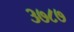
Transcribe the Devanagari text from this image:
३७८७